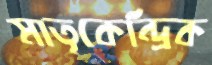
মাতৃকেন্দ্রিক